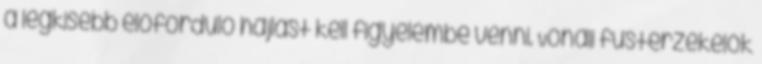
a legkisebb előforduló hajlást kell figyelembe venni. Vonali füstérzékelõk